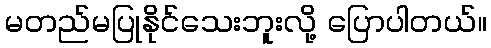
မတည်မပြုနိုင်သေးဘူးလို့ ပြောပါတယ်။